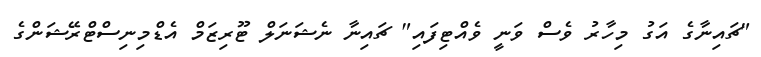
"ޗައިނާގެ އަގު މިހާރު ވެސް ވަނީ ވެއްޓިފައި" ޗައިނާ ނެޝަނަލް ޓޫރިޒަމް އެޑްމިނިސްޓްރޭޝަންގެ